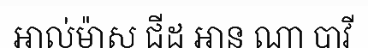
អាល់ម៉ាស ជីដ អាន ណា បាវី